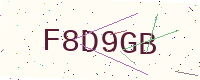
Text: F8D9GB